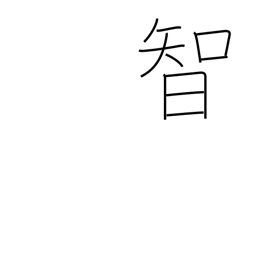
Meaning: intellect